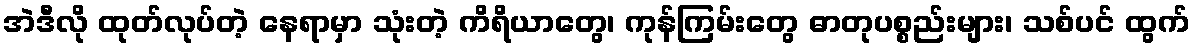
အဲဒီလို ထုတ်လုပ်တဲ့ နေရာမှာ သုံးတဲ့ ကိရိယာတွေ၊ ကုန်ကြမ်းတွေ ဓာတုပစ္စည်းများ၊ သစ်ပင် ထွက်